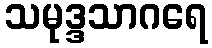
သမုဒ္ဒသာဂရေ